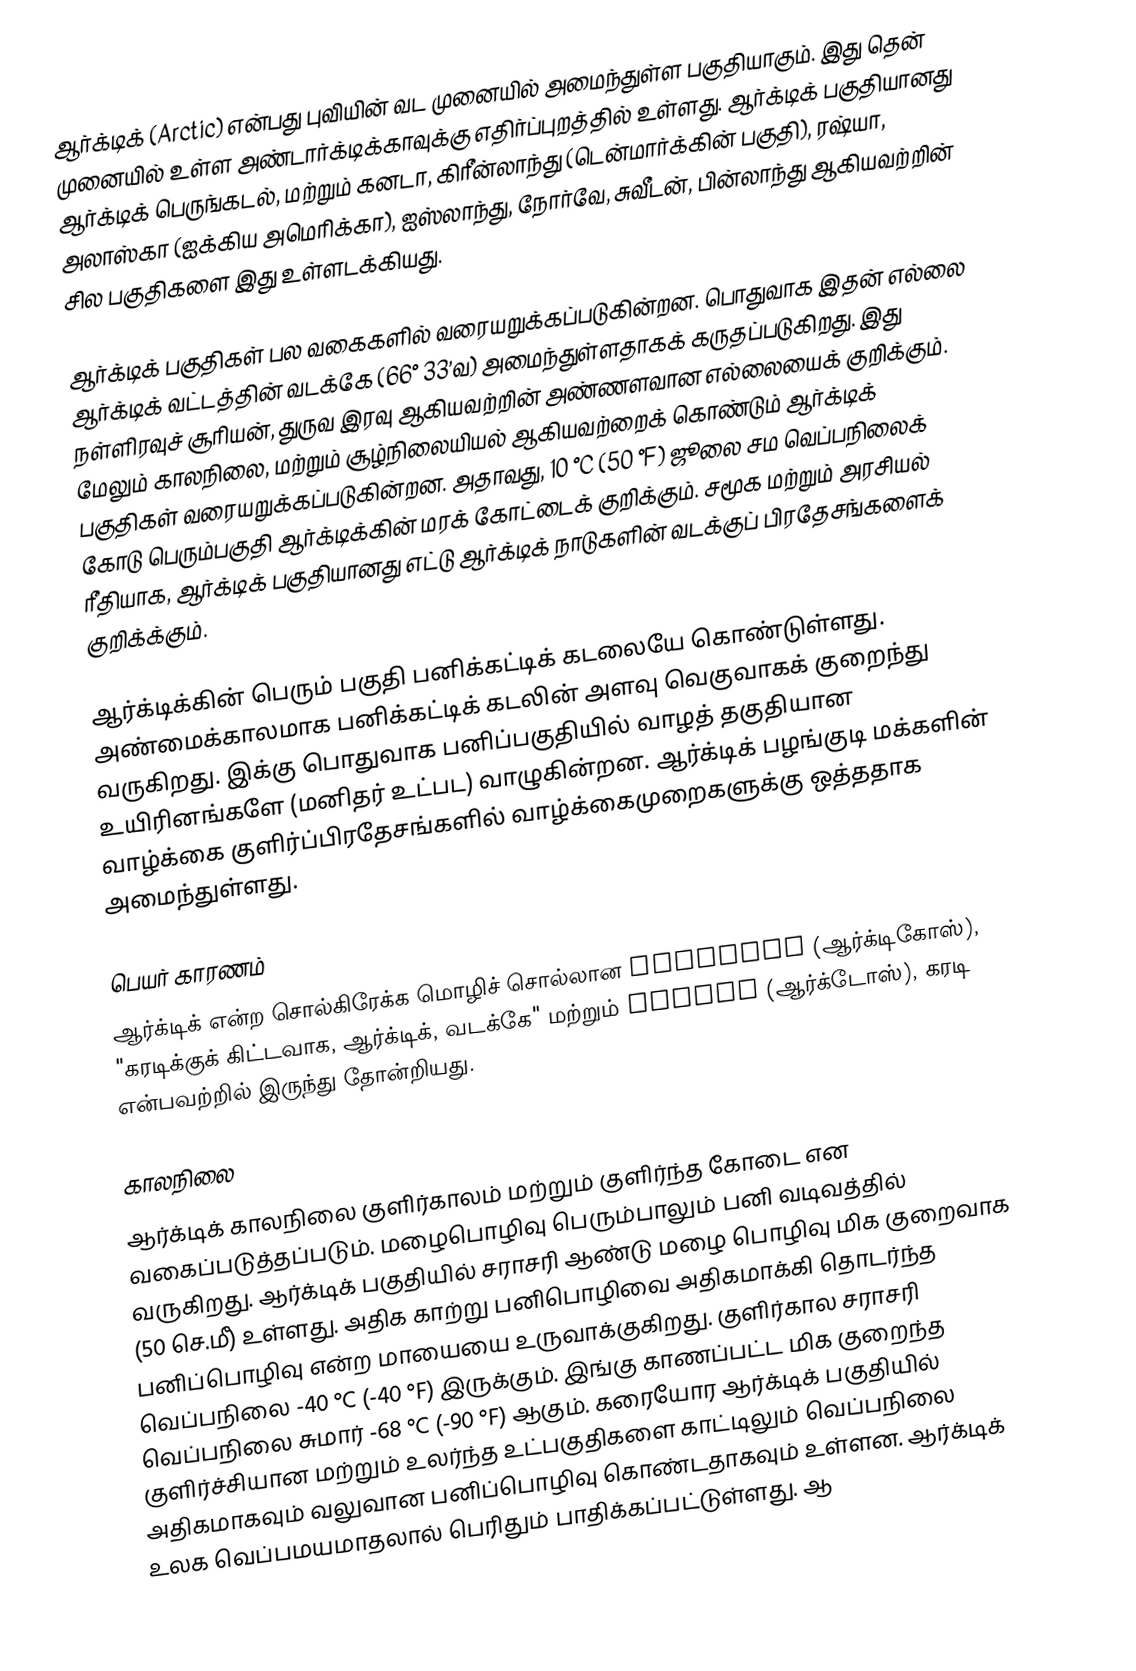
ஆர்க்டிக் (Arctic) என்பது புவியின் வட முனையில் அமைந்துள்ள பகுதியாகும். இது தென் முனையில் உள்ள அண்டார்க்டிக்காவுக்கு எதிர்ப்புறத்தில் உள்ளது. ஆர்க்டிக் பகுதியானது ஆர்க்டிக் பெருங்கடல், மற்றும் கனடா, கிரீன்லாந்து (டென்மார்க்கின் பகுதி), ரஷ்யா, அலாஸ்கா (ஐக்கிய அமெரிக்கா), ஐஸ்லாந்து, நோர்வே, சுவீடன், பின்லாந்து ஆகியவற்றின் சில பகுதிகளை இது உள்ளடக்கியது.

ஆர்க்டிக் பகுதிகள் பல வகைகளில் வரையறுக்கப்படுகின்றன. பொதுவாக இதன் எல்லை ஆர்க்டிக் வட்டத்தின் வடக்கே (66° 33’வ) அமைந்துள்ளதாகக் கருதப்படுகிறது. இது நள்ளிரவுச் சூரியன், துருவ இரவு ஆகியவற்றின் அண்ணளவான எல்லையைக் குறிக்கும். மேலும் காலநிலை, மற்றும் சூழ்நிலையியல் ஆகியவற்றைக் கொண்டும் ஆர்க்டிக் பகுதிகள் வரையறுக்கப்படுகின்றன. அதாவது, 10 °C (50 °F) ஜூலை சம வெப்பநிலைக் கோடு பெரும்பகுதி ஆர்க்டிக்கின் மரக் கோட்டைக் குறிக்கும். சமூக மற்றும் அரசியல் ரீதியாக, ஆர்க்டிக் பகுதியானது எட்டு ஆர்க்டிக் நாடுகளின் வடக்குப் பிரதேசங்களைக் குறிக்க்கும்.

ஆர்க்டிக்கின் பெரும் பகுதி பனிக்கட்டிக் கடலையே கொண்டுள்ளது. அண்மைக்காலமாக பனிக்கட்டிக் கடலின் அளவு வெகுவாகக் குறைந்து வருகிறது. இக்கு பொதுவாக பனிப்பகுதியில் வாழத் தகுதியான உயிரினங்களே (மனிதர் உட்பட) வாழுகின்றன. ஆர்க்டிக் பழங்குடி மக்களின் வாழ்க்கை குளிர்ப்பிரதேசங்களில் வாழ்க்கைமுறைகளுக்கு ஒத்ததாக அமைந்துள்ளது.

பெயர் காரணம்
ஆர்க்டிக் என்ற சொல்கிரேக்க மொழிச் சொல்லான αρκτικός (ஆர்க்டிகோஸ்), "கரடிக்குக் கிட்டவாக, ஆர்க்டிக், வடக்கே" மற்றும் άρκτος (ஆர்க்டோஸ்), கரடி என்பவற்றில் இருந்து தோன்றியது.

காலநிலை
ஆர்க்டிக் காலநிலை குளிர்காலம் மற்றும் குளிர்ந்த கோடை என வகைப்படுத்தப்படும். மழைபொழிவு பெரும்பாலும் பனி வடிவத்தில் வருகிறது. ஆர்க்டிக் பகுதியில் சராசரி ஆண்டு மழை பொழிவு மிக குறைவாக (50 செ.மீ) உள்ளது. அதிக காற்று பனிபொழிவை அதிகமாக்கி தொடர்ந்த பனிப்பொழிவு என்ற மாயையை உருவாக்குகிறது. குளிர்கால சராசரி வெப்பநிலை -40 °C (-40 °F) இருக்கும். இங்கு காணப்பட்ட மிக குறைந்த வெப்பநிலை சுமார் -68 °C (-90 °F) ஆகும். கரையோர ஆர்க்டிக் பகுதியில் குளிர்ச்சியான மற்றும் உலர்ந்த உட்பகுதிகளை காட்டிலும் வெப்பநிலை அதிகமாகவும் வலுவான பனிப்பொழிவு கொண்டதாகவும் உள்ளன. ஆர்க்டிக் உலக வெப்பமயமாதலால் பெரிதும் பாதிக்கப்பட்டுள்ளது. ஆ